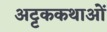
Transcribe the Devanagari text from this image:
अट्टककथाओं